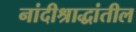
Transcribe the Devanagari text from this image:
नांदीश्राद्धांतील